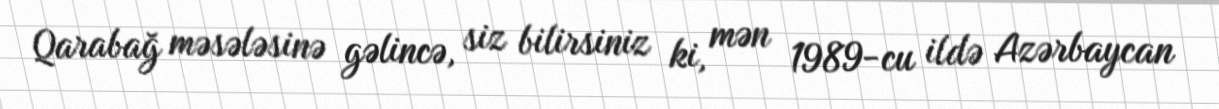
Qarabağ məsələsinə gəlincə, siz bilirsiniz ki, mən 1989-cu ildə Azərbaycan